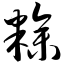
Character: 糁